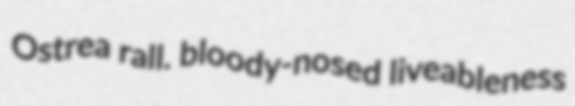
Ostrea rall. bloody-nosed liveableness